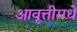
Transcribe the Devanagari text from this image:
आवृत्तीमधे